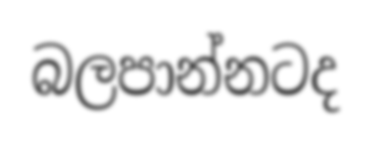
බලපාන්නටද